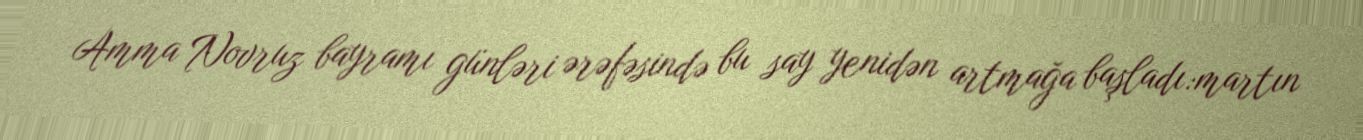
Amma Novruz bayramı günləri ərəfəsində bu say yenidən artmağa başladı:martın